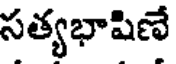
సత్యభాషిణే